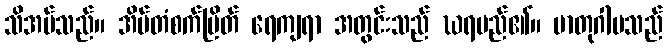
သိအပ်သည်။ အိမ်တံစက်မြိတ် ရေကျရာ အတွင်းသည် ဃရမည်၏။ မာတုဂါမသည်